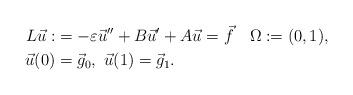
LaTeX: \begin{align*}L\vec{u}:&= -\varepsilon\vec{u}''+B\vec{u}' + A\vec{u}= \vec{f}\quad\Omega:=(0,1),\\\vec{u}(0) &=\vec{g}_0,\ \vec{u}(1) =\vec{g}_1.\end{align*}